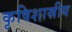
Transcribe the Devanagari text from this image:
कृषिशास्रीय